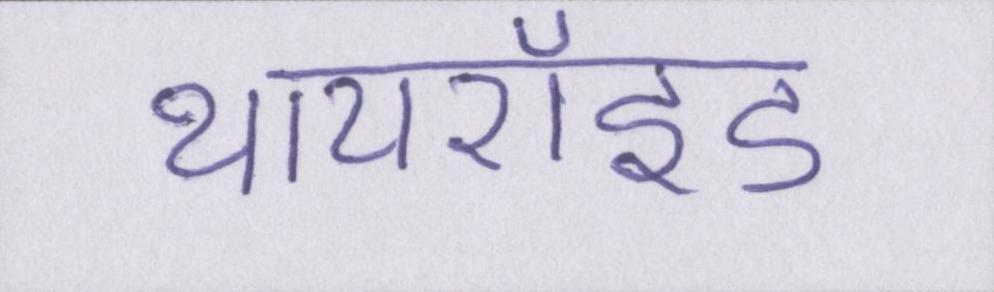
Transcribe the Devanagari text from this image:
थायरॉइड